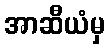
အာဆီယံမှ